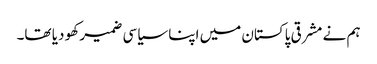
ہم نے مشرقی پاکستان میں اپنا سیاسی ضمیر کھو دیا تھا۔